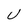
Character: U